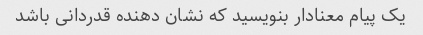
یک پیام معنادار بنویسید که نشان دهنده قدردانی باشد